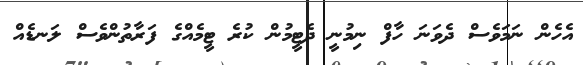
އެހެން ނަމަވެސް ދެވަނަ ހާފް ނިމުނީ ދެޓީމުން ކުރެ ޓީމެއްގެ ފަރާތުންވެސް ލަނޑެއް